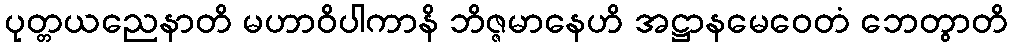
ပုတ္တယညေနာတိ မဟာဝိပါကာနိ ဘိဇ္ဇမာနေဟိ အဋ္ဌာနမေဝေတံ ဘေတွာတိ